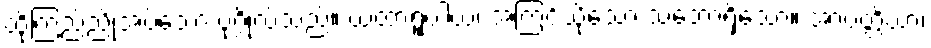
ထိုကြည်ညိုအပ်သော ပုဂ္ဂိုလ်သည်။ ယထာရူပါယ၊ အကြင်သို့သော သဘောရှိသော။ အာပတ္တိယာ၊